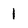
Character: 1